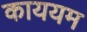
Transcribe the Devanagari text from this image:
काययम